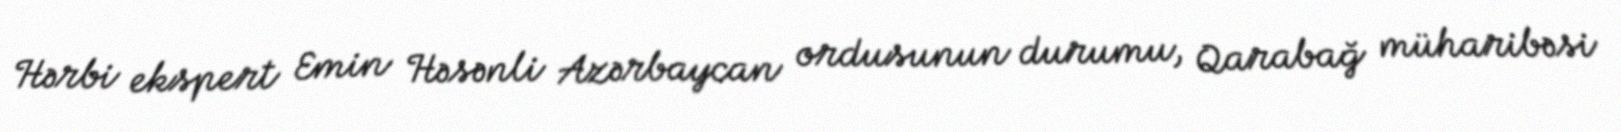
Hərbi ekspert Emin Həsənli Azərbaycan ordusunun durumu, Qarabağ müharibəsi